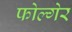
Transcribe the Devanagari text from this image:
फोल्गेर